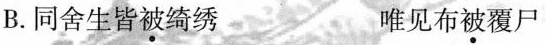
B.同舍生皆\underset{·}{被}绮绣 唯见布\underset{·}{被}覆尸